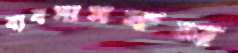
ব্যবসাসফল